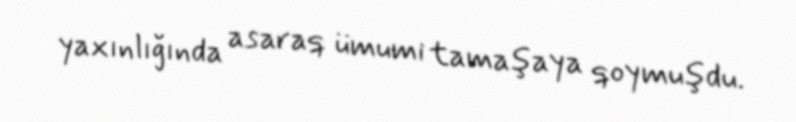
yaxınlığında asaraq ümumi tamaşaya qoymuşdu.